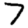
Digit: 7